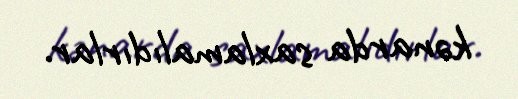
kənarda saxlamalıdırlar.